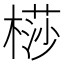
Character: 𣘡